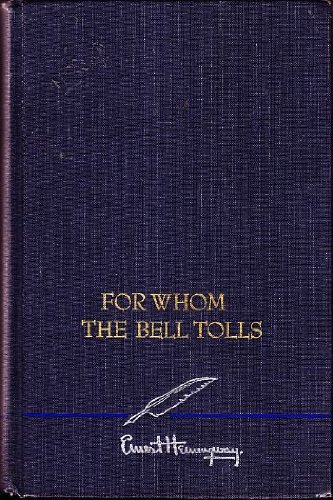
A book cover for For Whom The Bell Tolls; Ernest Hemingway; Literature & Fiction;